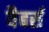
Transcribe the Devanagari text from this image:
वैबर्स